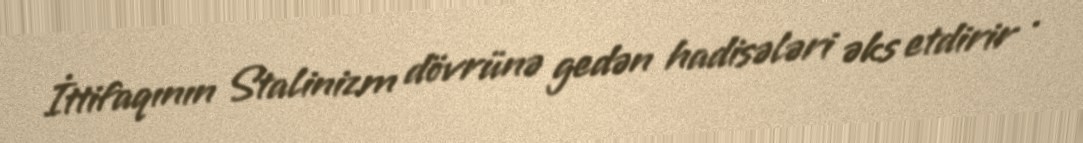
İttifaqının Stalinizm dövrünə gedən hadisələri əks etdirir .